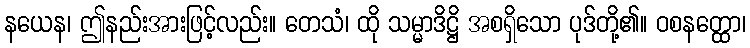
နယေန၊ ဤနည်းအားဖြင့်လည်း။ တေသံ၊ ထို သမ္မာဒိဋ္ဌိ အစရှိသော ပုဒ်တို့၏။ ဝစနတ္ထော၊